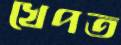
খেপত